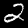
Label: 2